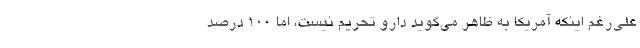
علی‌رغم اینکه آمریکا به ظاهر می‌گوید دارو تحریم نیست، اما ۱۰۰ درصد